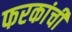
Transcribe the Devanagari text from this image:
फरकांची